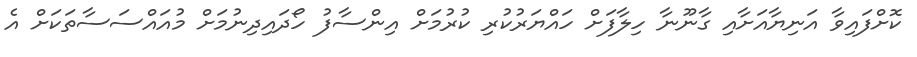
ކޮށްފައިވާ އަނިޔާއަށާއި ގާނޫނާ ހިލާފަށް ހައްޔަރުކުރި ކުރުމަށް އިންސާފު ހޯދައިދިނުމަށް މުއައްސަސާތަކަށް އެ